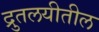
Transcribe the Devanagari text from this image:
द्रुतलयीतील